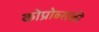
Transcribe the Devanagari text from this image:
कोप्रोव्सकी